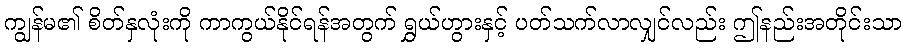
ကျွန်မ၏ စိတ်နှလုံးကို ကာကွယ်နိုင်ရန်အတွက် ရွှယ်ဟွားနှင့် ပတ်သက်လာလျှင်လည်း ဤနည်းအတိုင်းသာ